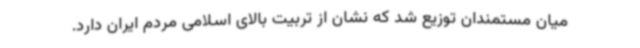
میان مستمندان توزیع شد که نشان از تربیت بالای اسلامی مردم ایران دارد.